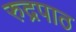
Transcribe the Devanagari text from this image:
रुद्रपाठ